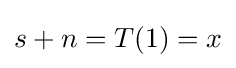
s+n=T(1)=x